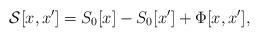
LaTeX: \begin{align*}{\cal{S}} [x,x'] = S_{0}[x] - S_{0}[x'] + \Phi [x,x'] ,\end{align*}